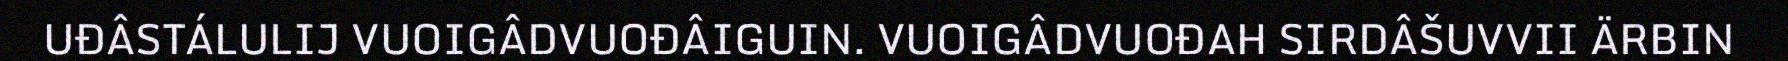
UĐÂSTÁLULIJ VUOIGÂDVUOĐÂIGUIN. VUOIGÂDVUOĐAH SIRDÂŠUVVII ÄRBIN